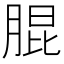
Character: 䐊